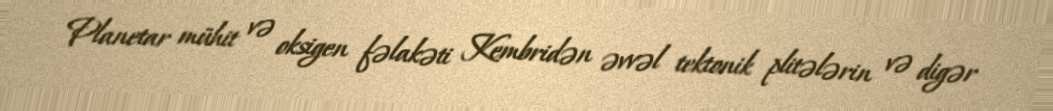
Planetar mühit və oksigen fəlakəti Kembridən əvvəl tektonik plitələrin və digər